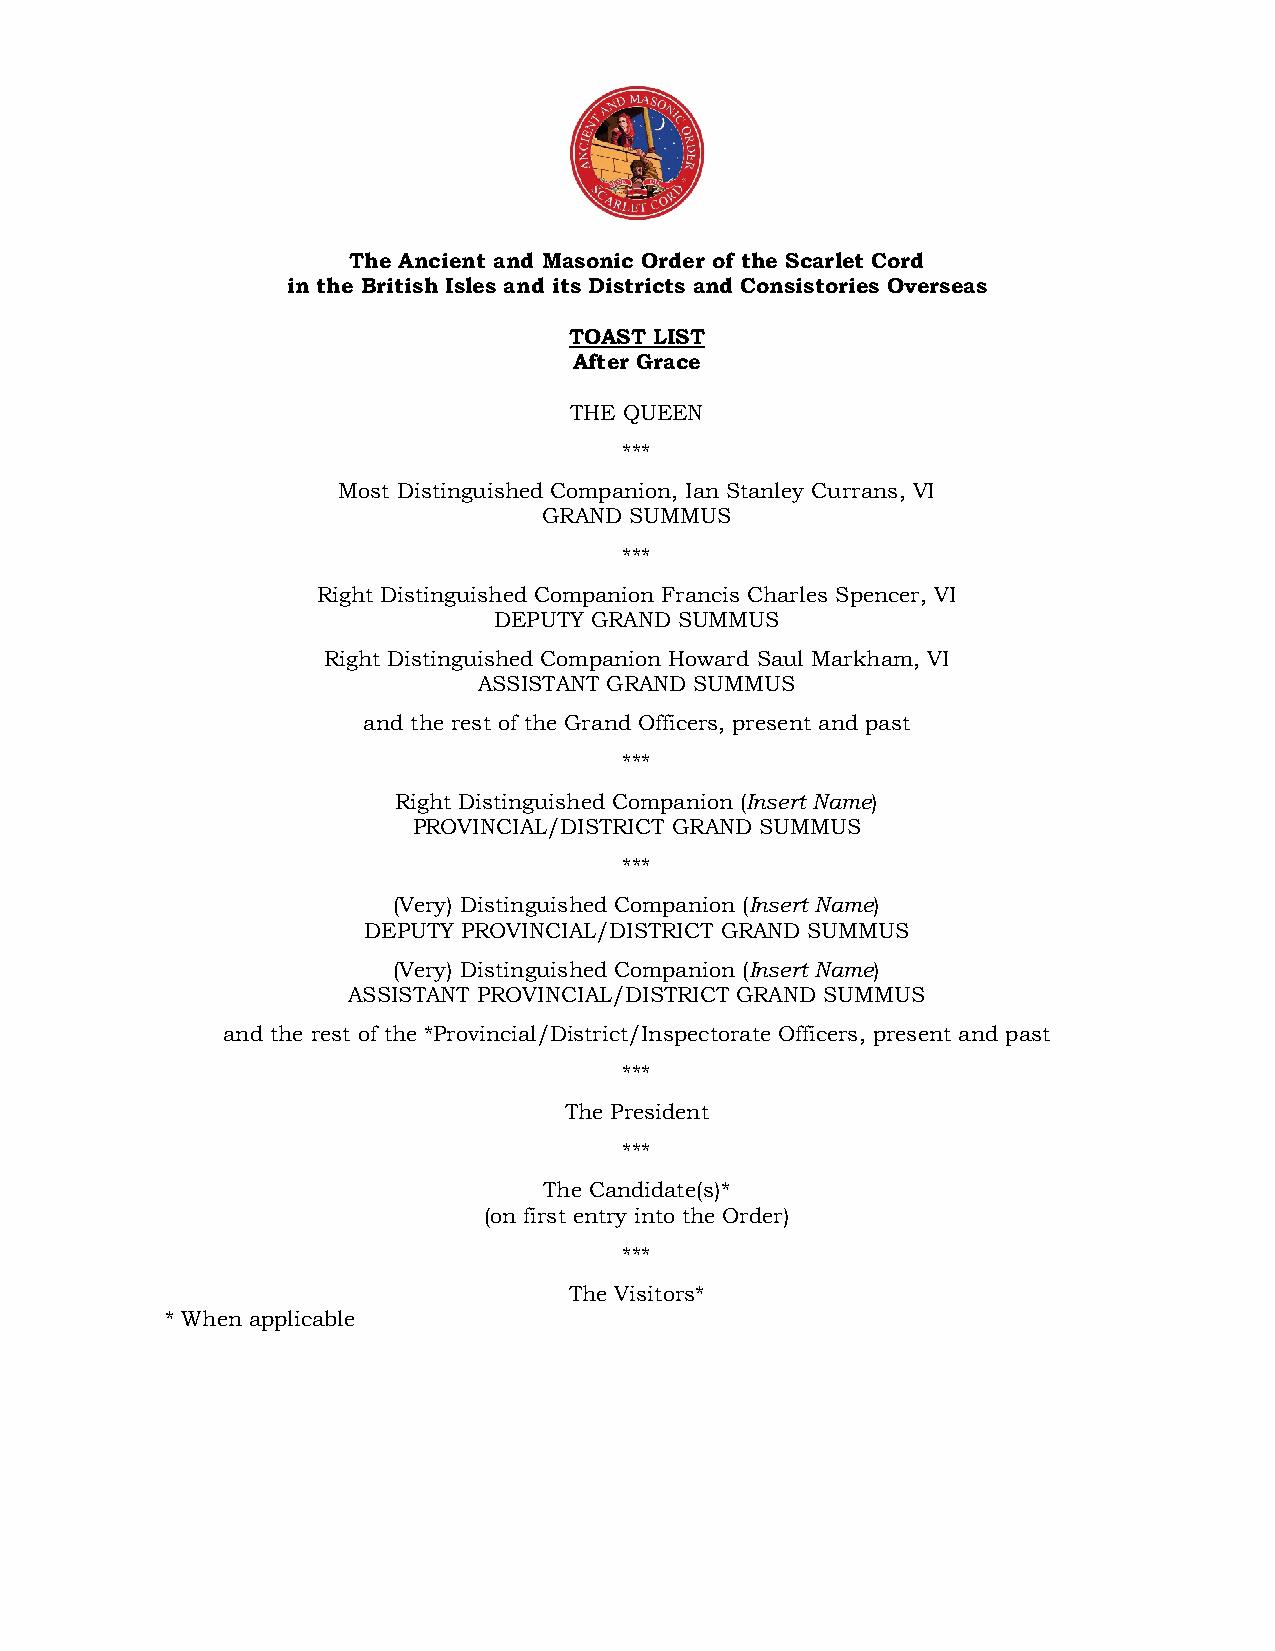
The Ancient and Masonic Order of the Scarlet Cord
 in the British Isles and its Districts and Consistories Overseas
 TOAST LIST
 After Grace
 THE QUEEN
 ***
 Most Distinguished Companion, Ian Stanley Currans, VI
 GRAND SUMMUS
 ***
 Right Distinguished Companion Francis Charles Spencer, VI
 DEPUTY GRAND SUMMUS
 Right Distinguished Companion Howard Saul Markham, VI
 ASSISTANT GRAND SUMMUS
 and the rest of the Grand Officers, present and past
 ***
 Right Distinguished Companion (Insert Name)
 PROVINCIAL/DISTRICT GRAND SUMMUS
 ***
 (Very) Distinguished Companion (Insert Name)
 DEPUTY PROVINCIAL/DISTRICT GRAND SUMMUS
 (Very) Distinguished Companion (Insert Name)
 ASSISTANT PROVINCIAL/DISTRICT GRAND SUMMUS
 and the rest of the *Provincial/District/Inspectorate Officers, present and past
 ***
 The President
 ***
 The Candidate(s)*
 (on first entry into the Order)
 ***
 The Visitors*
 * When applicable